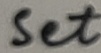
Text: Set